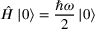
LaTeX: { \hat { H } } \left| 0 \right\rangle = { \frac { \hbar \omega } { 2 } } \left| 0 \right\rangle